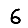
Digit: 6